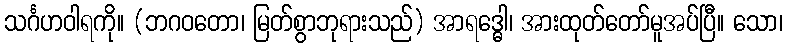
သင်္ဂဟဝါရကို။ (ဘဂဝတော၊ မြတ်စွာဘုရားသည်) အာရဒ္ဓေါ၊ အားထုတ်တော်မူအပ်ပြီ။ သော၊